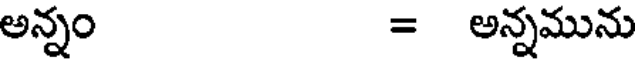
అన్నం = అన్నమును